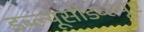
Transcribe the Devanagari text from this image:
डब्ल्यूसीडब्ल्यूए